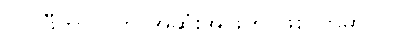
ဘင်ဖီကာ ပွဲက အဆုံးအဖြတ် ဖြစ်လာမှာပါ။